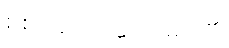
စစ်ခေါင်းဆောင်များ၏